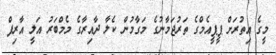
މީގެ އިތުރަށް ޕީޕީއެމްގެ ތަރުޖަމާނުގެ މަގާމުން ކެލާ ދާއިރާގެ މެމްބަރު އަލީ އާރިފް